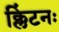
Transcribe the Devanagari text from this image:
क्लिंटनः